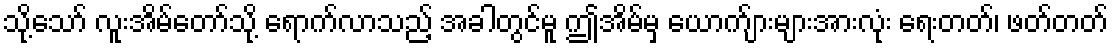
သို့သော် လူးအိမ်တော်သို့ ရောက်လာသည့် အခါတွင်မူ ဤအိမ်မှ ယောက်ျားများအားလုံး ရေးတတ်၊ ဖတ်တတ်